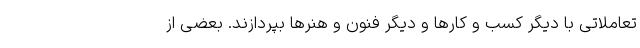
تعاملاتی با دیگر کسب و کارها و دیگر فنون و هنرها بپردازند. بعضی از